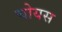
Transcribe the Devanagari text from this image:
चोयस